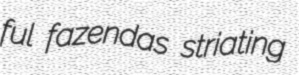
ful fazendas striating